Report of the Indian Hemp Drugs Commission, 1894-1895 - Volume I
Year: 1894
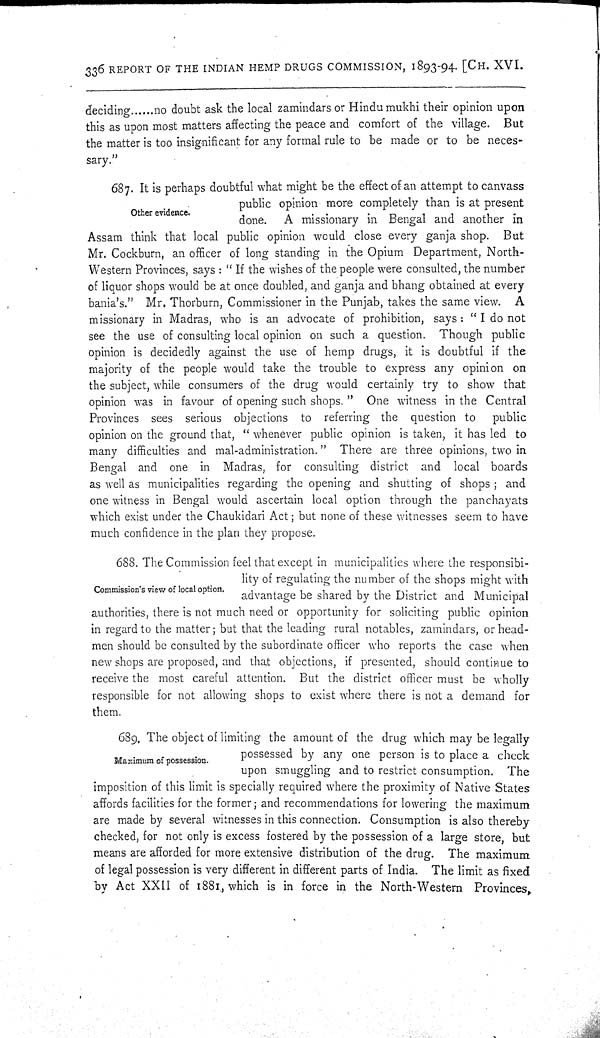
336 REPORT OF THE INDIAN HEMP DRUGS COMMISSION, 1893-94. [CH. XVI.
deciding
no doubt ask the local zamindars or Hindu mukhi their opinion upon
this as upon most matters affecting the peace and comfort of the village. But
the matter is too insignificant for any formal rule to be made or to be neces-
sary."
Other evidence.
687. It is perhaps doubtful what might be the effect of an attempt to canvass
public opinion more completely than is at present
done.
A missionary in Bengal and another in
Assam think that local public opinion would close every ganja shop. But
Mr. Cockburn, an officer of long standing in the Opium Department, North-
-estern Provinces, says: "If the wishes of the people were consulted, the number
of liquor shops would be at once doubled, and ganja and bhang obtained at every
bania's." Mr. Thorburn, Commissioner in the Punjab, takes the same view.
A
missionary in Madras, who is an advocate of prohibition, says: "I do not
see the use of consulting local opinion on such a question. Though public
opinion is decidedly against the use of hemp drugs, it is doubtful if the
majority of the people would take the trouble to express any opinion on
the subject, while consumers of the drug would certainly try to show that
opinion was in favour of opening such shops." One witness in the Central
Provinces sees serious objections to referring the question to
public
opinion on the ground that, "whenever public opinion is taken, it has led to
many difficulties and mal-administration." There are three opinions, two in
Bengal and one in Madras, for consulting district and local boards
as well as municipalities regarding the opening and shutting of shops; and
one witness in Bengal would ascertain local option through the panchayats
which exist under the Chaukidari Act; but none of these witnesses seem to have
much confidence in the plan they propose.
Commission's view of local option.
688. The Commission feel that except in municipalities where the responsibi-
lity of regulating the number of the shops might with
advantage be shared by the District and Municipal
authorities, there is not much need or opportunity for soliciting public opinion
in regard to the matter; but that the leading rural notables, zamindars, or head-
men should be consulted by the subordinate officer who reports the case when
new shops are proposed, and that objections, if presented, should continue to
receive the most careful attention. But the district officer must be wholly
responsible for not allowing shops to exist where there is not a demand for
them.
Maximum of possession.
689. The object of limiting the amount of the drug which may be legally
possessed by any one person is to place a check
upon smuggling and to restrict consumption. The
imposition of this limit is specially required where the proximity of Native States
affords facilities for the former; and recommendations for lowering the maximum
are made by several witnesses in this connection. Consumption is also thereby
checked, for not only is excess fostered by the possession of a large store, but
means are afforded for more extensive distribution of the drug. The maximum
of legal possession is very different in different parts of India. The limit as fixed
by Act XXII of 1881, which is in force in the North-Western Provinces,